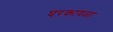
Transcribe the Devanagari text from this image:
घरकावळा